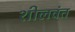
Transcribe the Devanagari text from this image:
शीलवंत